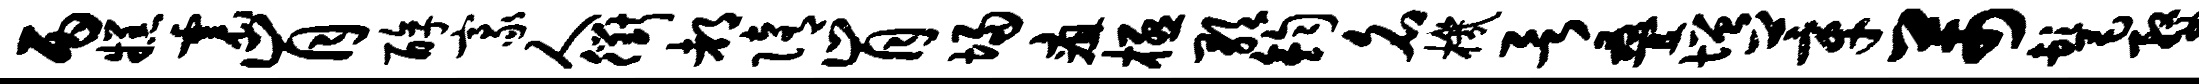
丙糕震肯醇豪人衢都隋肯埽疽极歌钧名机欲叠增莘芾髦婺